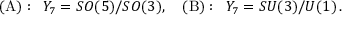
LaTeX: ( \mathrm { A } ) : \, \, \, Y _ { 7 } = S O ( 5 ) / S O ( 3 ) , \quad ( \mathrm { B } ) : \, \, \, Y _ { 7 } = S U ( 3 ) / U ( 1 ) \, .